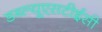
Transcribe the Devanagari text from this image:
डब्ल्यूएसटीईसी